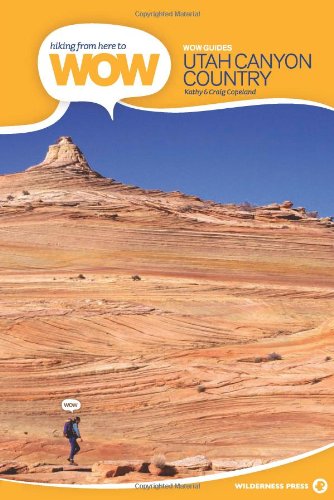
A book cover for Hiking from Here to WOW: Utah Canyon Country (Wow Series); Kathy Copeland; Health, Fitness & Dieting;